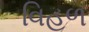
વિહળ